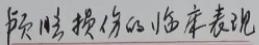
颅骨损伤的临床表现